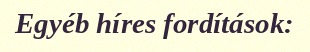
Egyéb híres fordítások: